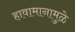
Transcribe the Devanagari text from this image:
हावामानामुळे